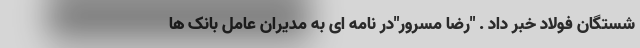
شستگان فولاد خبر داد . "رضا مسرور"در نامه ای به مدیران عامل بانک ها